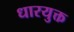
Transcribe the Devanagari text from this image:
धारयुक्त